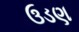
ઉડણ